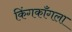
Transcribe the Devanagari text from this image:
किंगकाँगला